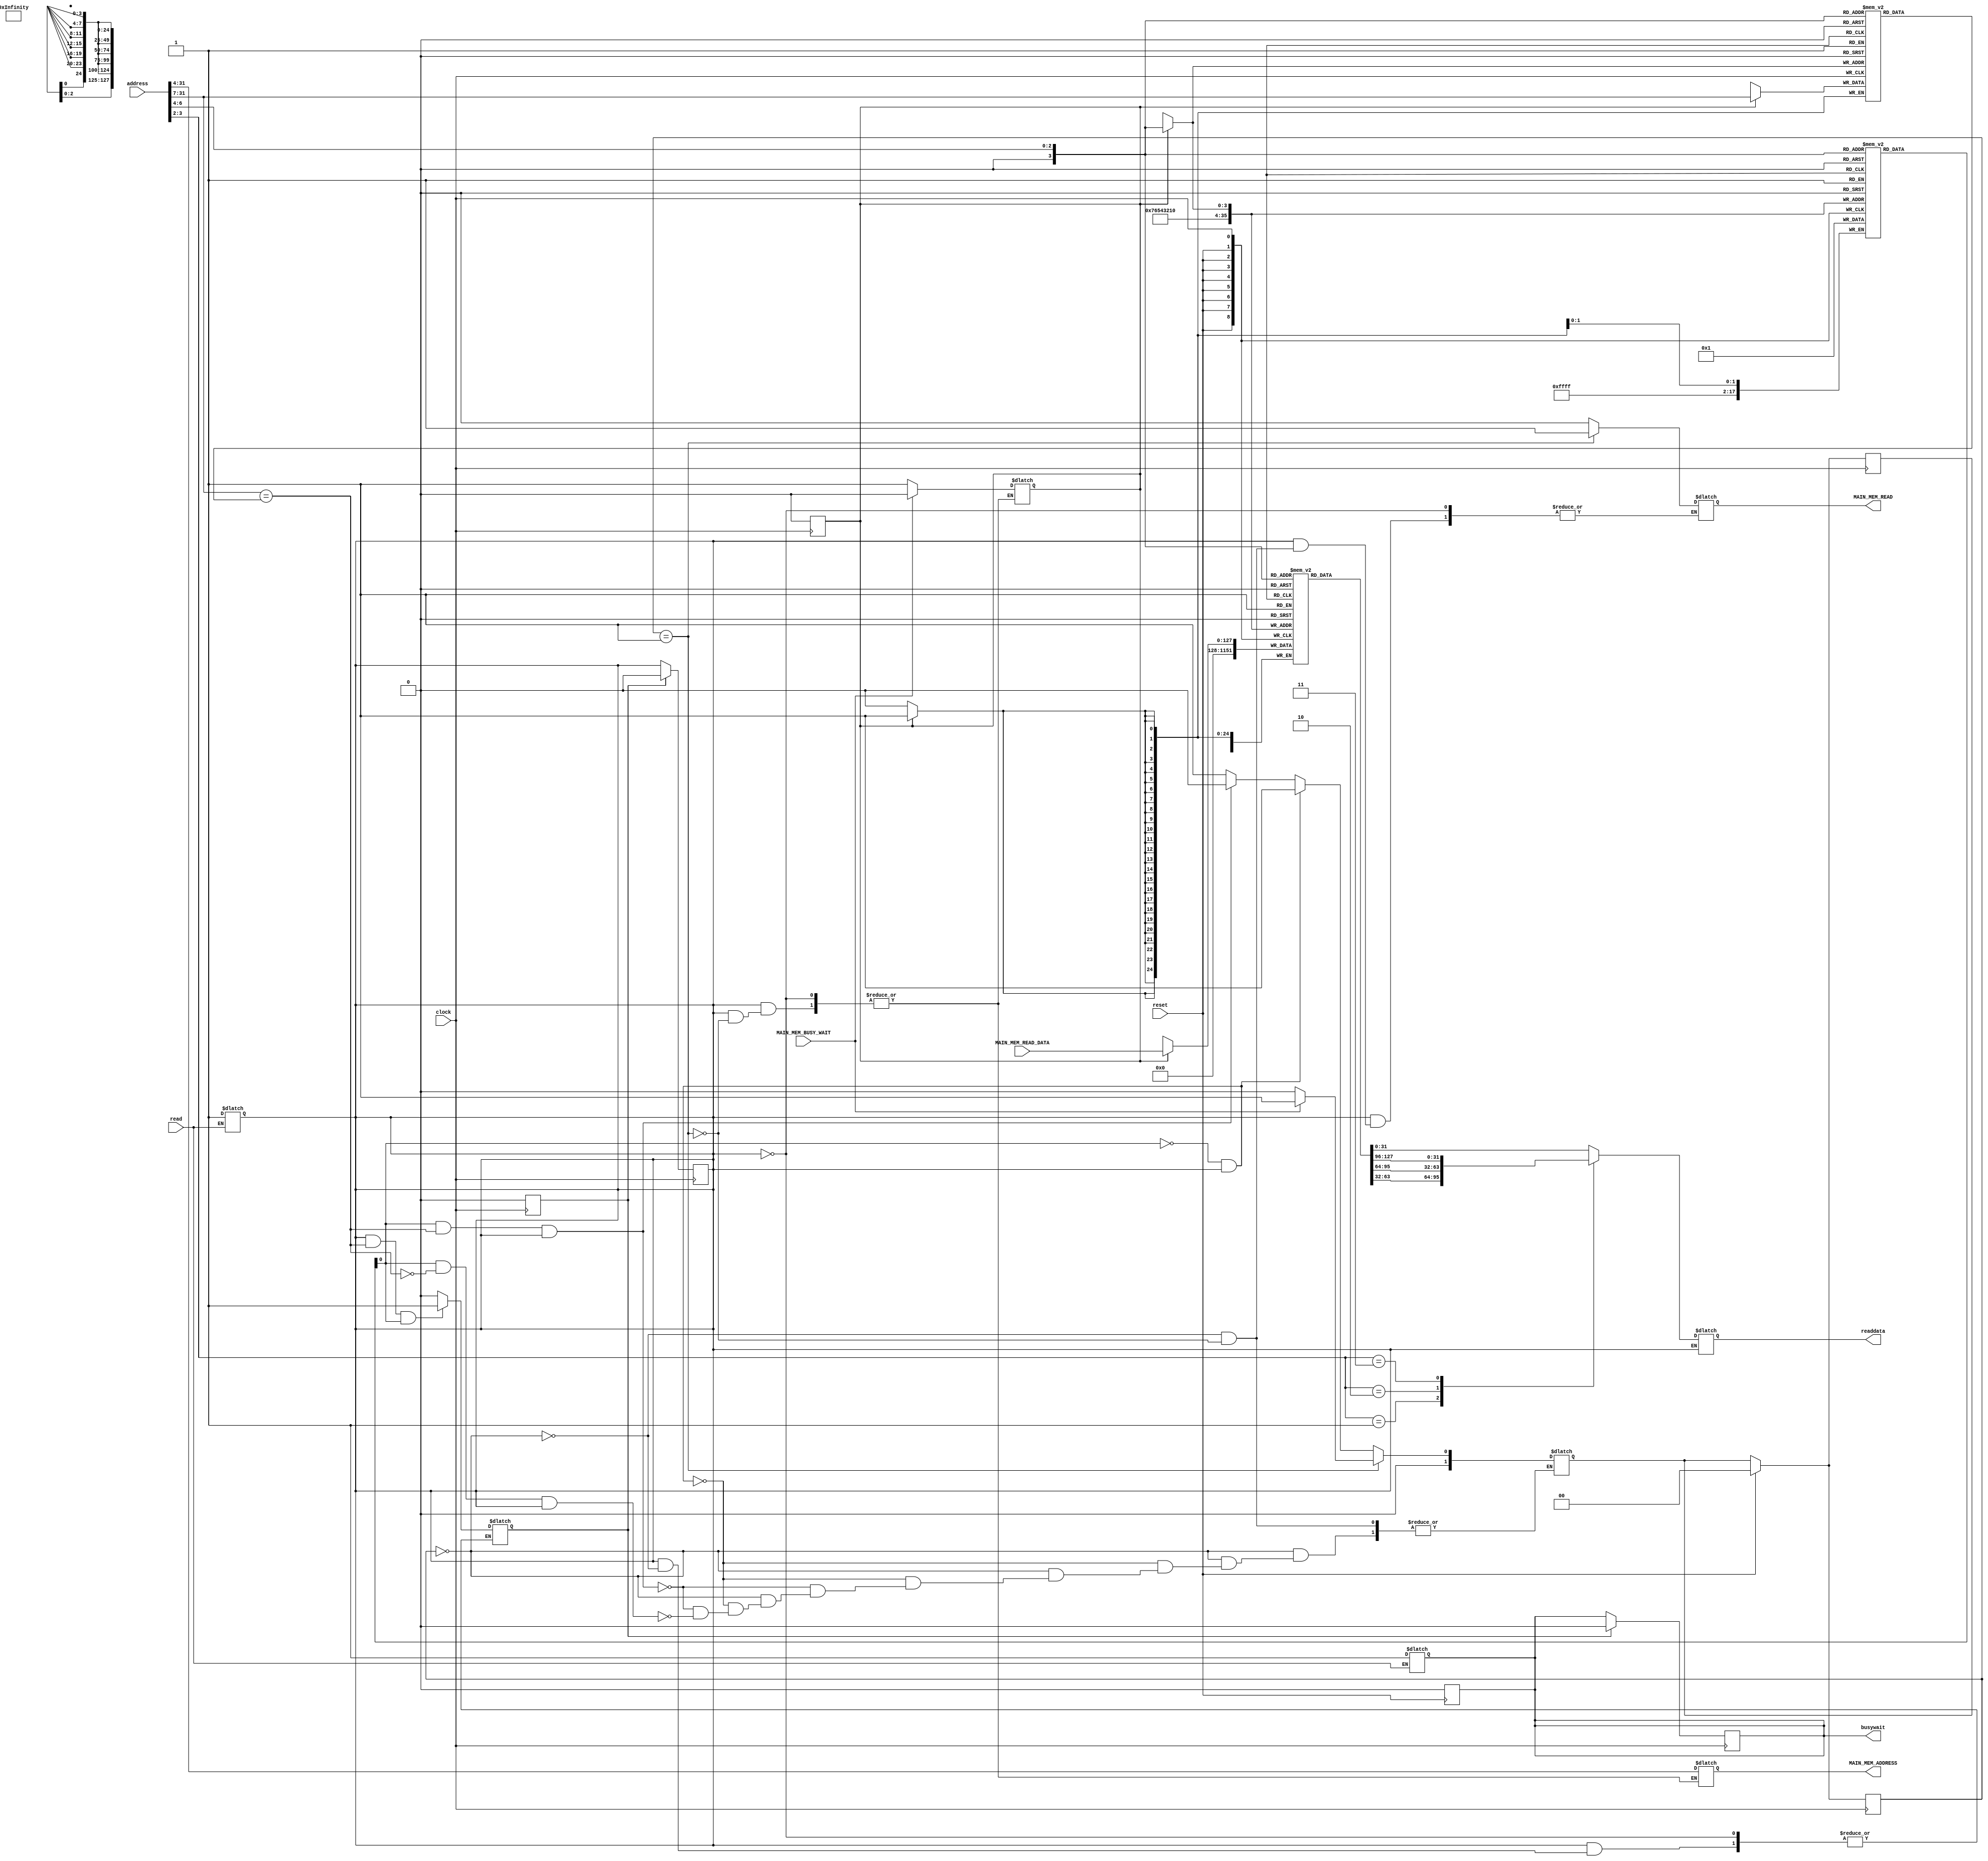
module ins_cache_memory(
    clock, 
    reset, 
    read, 
    address, 
    readdata,
    busywait,
    MAIN_MEM_READ,
    MAIN_MEM_ADDRESS,
    MAIN_MEM_READ_DATA,
    MAIN_MEM_BUSY_WAIT
);

    input               clock;
    input               reset;
    input               read;
    input [31:0]        address; // taking the PC as the address
    output reg [31:0]   readdata;
    output reg          busywait;

    // main memory input outputs
    output              MAIN_MEM_READ;
    output  [27:0]      MAIN_MEM_ADDRESS;
    input   [127:0]     MAIN_MEM_READ_DATA;
    input               MAIN_MEM_BUSY_WAIT;

    // Declare cache memory array 256x8 -bits
    reg [127:0] data_array [8:0];
    // Declare tag array 256x8-bits
    reg [24:0] tag_array    [8:0];
    // Declare value bit array 356x8-bits
    reg [1:0]   valid_bit_array [8:0];

    parameter IDLE = 1'b0, MEM_READ = 1'b1;
    reg [1:0] state, next_state;

    // variables to handle state changes
    reg CURRENT_VALID;
    reg [24:0]  CURRENT_TAG;
    reg [31:0]  CURRENT_DATA;
    wire TAG_MATCH;

    // temporary variable to hold the data from the cache
    reg [31:0] temporary_data;


    // variables to hold the values of teh memory module
    reg MAIN_MEM_READ;
    reg [27:0] MAIN_MEM_ADDRESS;
    wire [127:0] MAIN_MEM_READ_DATA;
    wire MAIN_MEM_BUSY_WAIT;

    reg readCache; // reg to remember the read to cache signal until the posedge
    reg writeCache; // reg to write the write cache signal until the posedge

    reg writeCache_mem; // write enable signal to write to the cache mem after a memory read

    // decoding the address
    wire [24:0]  tag;
    wire [2:0]   index;
    wire [1:0]  offset;
    assign tag = address[31:7];
    assign index = address[6:4];
    assign offset = address[3:2];


    // loading data
    always @ (*)
    begin
        CURRENT_VALID = valid_bit_array[index];
        CURRENT_DATA = data_array[index];
        CURRENT_TAG = tag_array[index];
    end


    // tag matching 
    //assign #0.9 TAG_MATCH = (tag == CURRENT_TAG );
    assign TAG_MATCH = (tag == CURRENT_TAG );
    reg [127:0] temp;

    // putting data if read access
    always @(*)
    begin
        if(readaccess) // detect the idle read status
        begin
            temp = data_array[index];
            // fetching data
            case(offset)
                2'b00:
                    readdata = data_array[index][31:0];
                2'b01:
                    readdata = data_array[index][63:32];
                2'b10:
                    readdata = data_array[index][95:64];
                2'b11:
                    readdata = data_array[index][127:96];
            endcase 
        end
    end

    // Detecting an incoming memory acccess
    reg readaccess;
    always @ (read)
    begin
        if(read)
            begin
                busywait = 1'b1;
                readaccess = 1'b1;
            end
    end

    // combinational next state logic
    always @ (*)
    begin
        case(state)
            IDLE: 
                if(!CURRENT_VALID && (readaccess))
                    next_state = MEM_READ;
                else if (CURRENT_VALID && TAG_MATCH &&  (readaccess))
                    next_state = IDLE;
                else if (CURRENT_VALID && !TAG_MATCH && (readaccess))
                    next_state = MEM_READ;
            
            MEM_READ:
                if(MAIN_MEM_BUSY_WAIT)
                    next_state = MEM_READ;
                else
                    next_state = IDLE;
        endcase
    end
    

    // combinational output logic
    always @(*)
    begin
        if(readaccess)
        begin
            case(state)
                IDLE: 
                begin
                    // set main memory read and write signal to low
                    MAIN_MEM_READ = 1'b0;

                    if(readaccess && TAG_MATCH && CURRENT_VALID)
                        begin
                            readCache = 1'b1; // set read cache memory to high
                        end
                    else readCache = 1'b0; // set the readCache signal to zero
                end

                MEM_READ:
                begin
                    MAIN_MEM_READ = 1'b1;
                    // set the address to the main memory 
                    MAIN_MEM_ADDRESS = {tag, index};


                    if(!MAIN_MEM_BUSY_WAIT) writeCache_mem = 1'b1;
                    else writeCache_mem = 1'b0;

                end
            endcase
        end
    end

    integer i;

    //sequential logic for state transitioning
    always @ (posedge reset)
    begin
        if(reset)
        begin
            busywait = 1'b0;
            for(i=0;i<8;i=i+1) // resetting the registers
                begin
                    data_array[i] = 0;
                    valid_bit_array[i] =0;
                end
        end
    end

    // state change logic
    always@(posedge clock)
    begin
        if(!reset)
            state = next_state;
        else
            begin
                // set the busy wait signal to 0
                state = IDLE;
                next_state = IDLE;
            end
    end

    // writing cache after a memory read
    always @(posedge clock)
    begin
        if(writeCache_mem)
        begin
            // put the read data to the cache
            data_array[index] = MAIN_MEM_READ_DATA;
            tag_array[index] = tag;
            valid_bit_array[index] = 1'b1; // set the valid bit after loading data
            writeCache_mem = 1'b0;
        end
    end

    // to deassert and write back to the posedge
    always @ (posedge clock)
    begin
        if(readCache)
        begin
            busywait = 1'b0; // set the busy signal to zero 
            readCache = 1'b0; // pull the read signal to low
            readaccess = 1'b0; // pull the read access to signal to low
        end
    end

    /*  Cache Controller FSM End */
endmodule